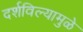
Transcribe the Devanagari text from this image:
दर्शविल्यामुळे